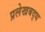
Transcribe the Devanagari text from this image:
प्रलेखबद्ध